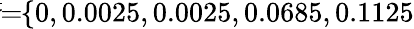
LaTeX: \! \! \! \overline{{\sigma}}\! \! =\! \! \{ 0,0.0025,0.0025,0.0685,0.1125\} \! \! \!